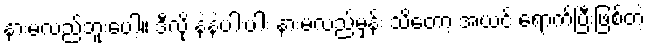
နားမလည်ဘူးပေါ့။ ဒီလို နဲနဲပါးပါး နားမလည်မှန်း သိတော့ အယင် ရောက်ပြီးဖြစ်တဲ့